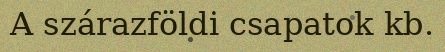
A szárazföldi csapatok kb.